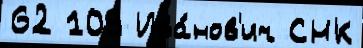
62 109 Ива́нов'ич СНК